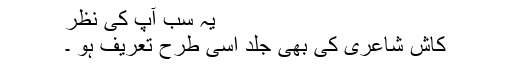
یہ سب آپ کی نظر
کاش شاعری کی بھی جلد اسی طرح تعریف ہو ۔